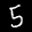
Label: 5